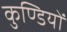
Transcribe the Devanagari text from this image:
कुण्डियों